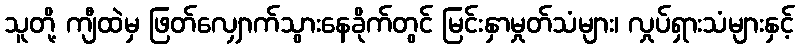
သူတို့ ကျီထဲမှ ဖြတ်လျှောက်သွားနေခိုက်တွင် မြင်းနှာမှုတ်သံများ၊ လှုပ်ရှားသံများနှင့်